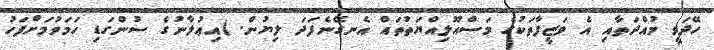
ހޭދަވީ މުއްދަތާއި އެ ވަޒީފާތަކުގެ މަސްއޫލިއްޔަތުތައް އެނގޭނެފަދަ ލިޔުން. (އިޢުލާނުގެ ސުންގަޑި ހަމަވުމަށްފަހު